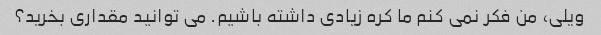
ویلی، من فکر نمی کنم ما کره زیادی داشته باشیم. می توانید مقداری بخرید؟